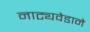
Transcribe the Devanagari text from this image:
नाट्यवेडाने